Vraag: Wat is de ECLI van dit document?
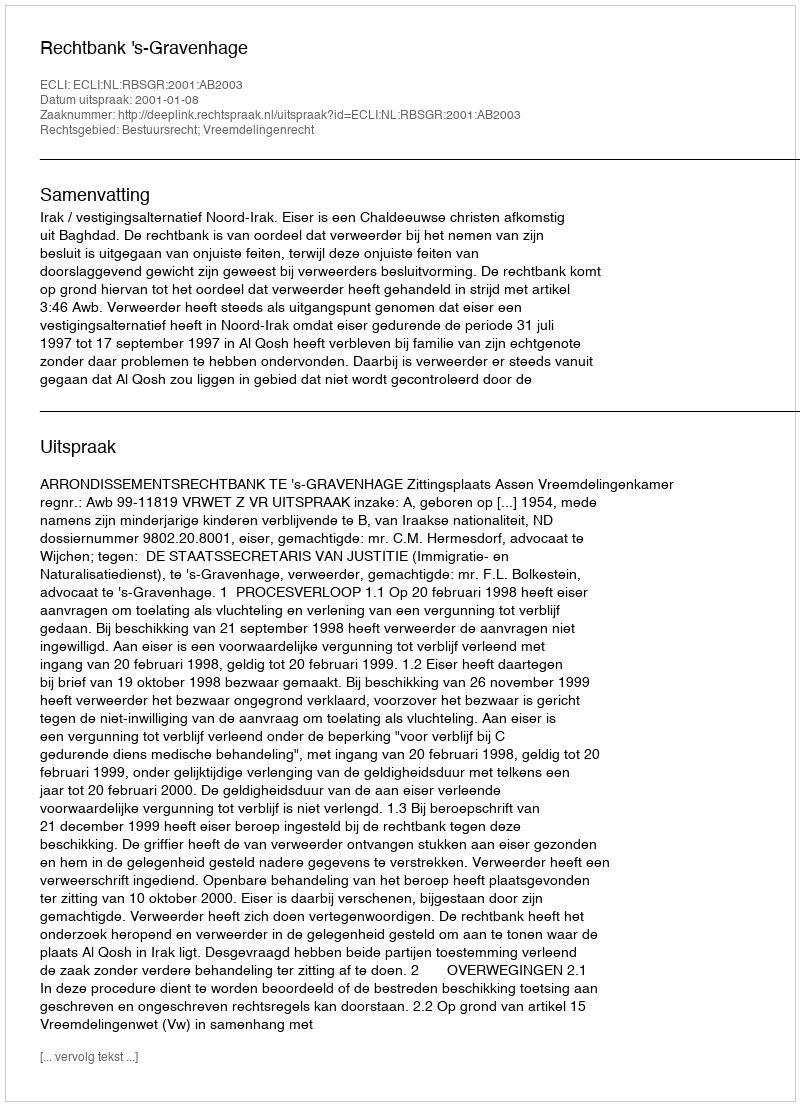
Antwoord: ECLI:NL:RBSGR:2001:AB2003